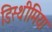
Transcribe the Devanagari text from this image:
डिस्थीमिया